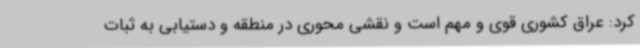
کرد: عراق کشوری قوی و مهم است و نقشی محوری در منطقه و دستیابی به ثبات